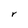
Character: r